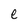
Character: e